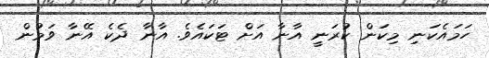
ހަމައެކަނި މިކަން ކުރަނީ އާނާ އަށް ޓަކައެވެ. އާނާ ދެކެ އޭނާ ވަމުން